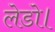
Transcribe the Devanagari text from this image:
लेडो।